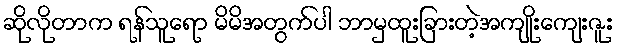
ဆိုလိုတာက ရန်သူရော မိမိအတွက်ပါ ဘာမှထူးခြားတဲ့အကျိုးကျေးဇူး